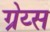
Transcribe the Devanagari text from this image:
ग्रेय्स